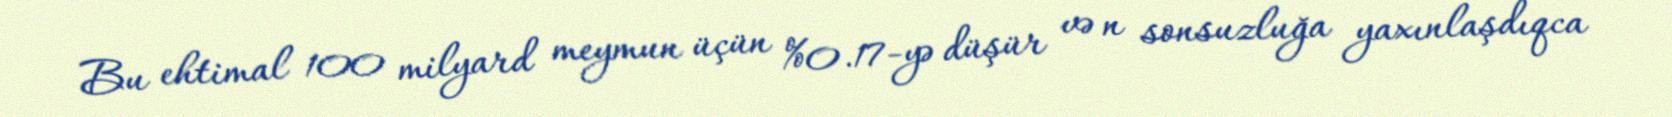
Bu ehtimal 100 milyard meymun üçün %0.17-yə düşür və n sonsuzluğa yaxınlaşdıqca